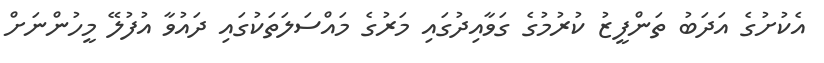
އެކުށުގެ އަދަބު ތަންފީޒު ކުރުމުގެ ގަވާއިދުގައި މަރުގެ މައްސަލަތަކުގައި ދައުވާ އުފުލޭ މީހުންނަށް